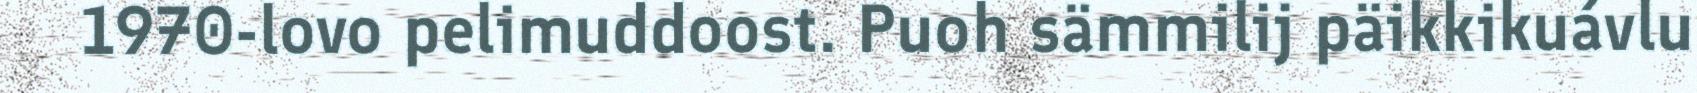
1970-lovo pelimuddoost. Puoh sämmilij päikkikuávlu